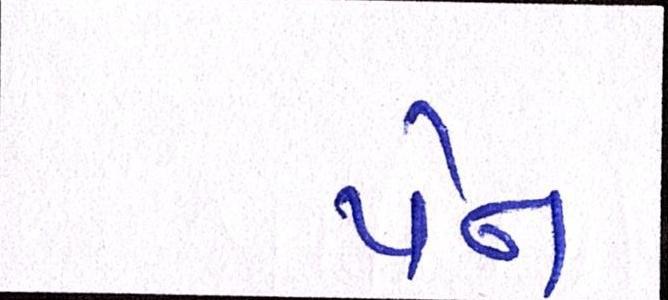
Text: પેન